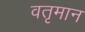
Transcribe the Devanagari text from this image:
वतृमान